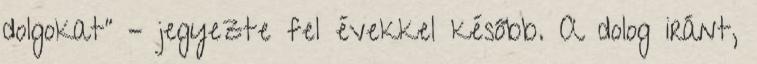
dolgokat” – jegyezte fel évekkel később. A dolog iránt,